Annual statistical returns and brief notes on vaccination in Bengal - 1909-1929
Year: 1909
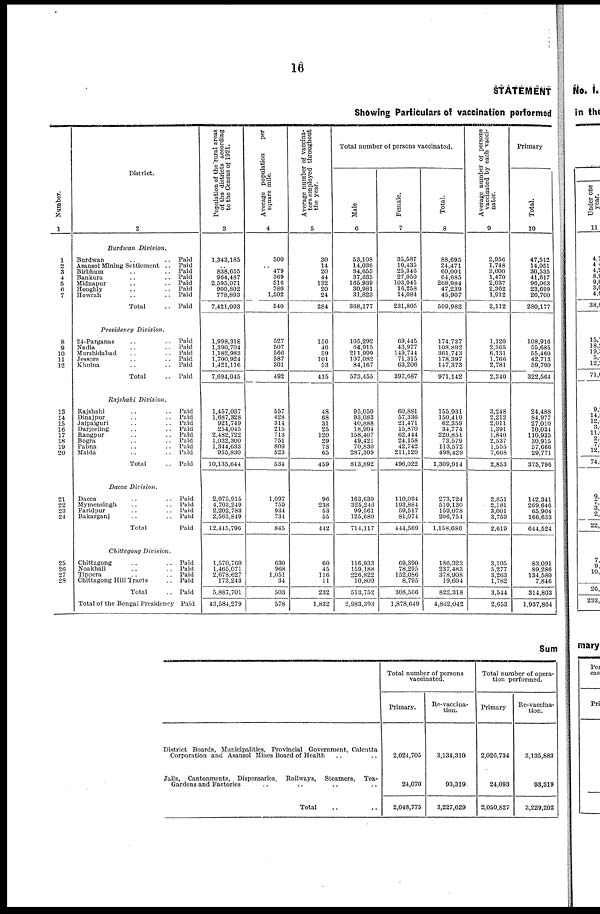
16
STATEMENT
Showing Particulars of vaccination performed
Number.
1
1
2
3
4
5
6
7
8
9
10
11
12
13
14
15
16
17
18
19
20
21
22
23
24
25
26
27
28
District.
2
Burdwan Division.
Burdwan .. ..
Asansol Mining Settlement ..
Birbhum .. ..
Bankura .. ..
Midnapur .. ..
Hooghly .. ..
Howrah .. ..
Total ..
Presidency Division.
24-Parganas .. ..
Nadia .. ..
Murshidabad .. ..
Jessore .. ..
Khulna .. ..
Total ..
Rajshahi Division.
Rajshahi .. ..
Dinajpur .. ..
Jalpaiguri .. ..
Darjeeling .. ..
Rangpur .. ..
Bogra .. ..
Pabna .. ..
Malda .. ..
Total ..
Dacca Division.
Dacca .. ..
Mymensingh .. ..
Faridpur .. ..
Bakarganj .. ..
Total ..
Chiitagong Division.
Chittagong .. ..
Noakhali .. ..
Tippera .. ..
Chittagong Hill Tracts ..
Total ..
Total of the Bengal Presidency
Paid
Paid
Paid
Paid
Paid
Paid
Paid
Paid
Paid
Paid
Paid
Paid
Paid
Paid
Paid
Paid
Paid
Paid
Paid
Paid
Paid
Paid
Paid
Paid
Paid
Paid
Paid
Paid
Paid
Paid
Paid
Paid
Paid
Paid
Population of the rural areas
of the districts according
to the Census of 1921.
3
1,343,185
..
838,655
964,487
2,595,071
900,802
778,893
7,421,093
1,998,318
1,390,704
1,182,983
1,700,924
1,421,116
7,694,045
1,457,037
1,687,328
921,749
254,045
2,482,722
1,032,300
1,344,633
955,830
10,135,644
2,975,915
4,703,249
2,202,783
2,563,849
12,445,796
1,570,760
1,465,071
2,678,627
173,243
5,887,701
43,584,279
Average population
per
square mile.
4
500
..
479
369
516
780
1,502
540
527
507
566
587
301
492
557
428
314
215
713
751
809
523
534
1,097
759
934
734
845
630
968
1,051
34
503
578
Average number of vaccina-
tors employed throughout
the year.
5
30
14
20
44
132
20
24
284
156
46
59
101
53
415
48
68
31
25
120
29
73
65
459
96
238
53
55
442
60
45
116
11
232
1,832
Total number of persons vaccinated.
Male
6
53,108
14,036
34,655
37,635
165,939
30,981
31,823
368,177
105,292
64,915
211,999
107,082
84,167
573,455
95,050
93,083
40,888
18,904
158,407
49,421
70,830
287,309
813,892
163,630
325,246
99,561
125,680
714,117
116,933
159,188
226,822
10,809
513,752
2,983,393
Female.
7
35,587
10,435
25,346
27,050
103,045
16,258
14,084
231,805
69,445
43,977
149,744
71,315
63,206
397,687
60,861
57,336
21,471
15,870
62,444
24,158
42,742
211,120
496,022
110,094
193,884
59,517
81,074
444,569
69,390
78,295
152,086
8,795
308,566
1,878,649
Total.
8
88,695
24,471
60,001
64,685
268,984
47,239
45,907
599,982
174,737
108,892
301,743
178,397
147,373
971,142
155,931
150,419
62,359
34,774
220,851
73,579
113,572
498,429
1,309,914
273,724
519,130
159,078
206,754
1,158,686
186,323
237,483
378,908
19,604
822,318
4,862,042
Average number of persons
vaccinated by each vacci-
nator.
9
2,956
1,748
3,000
1,470
2,037
2,362
1,912
2,112
1,120
2,365
6,131
1,766
2,781
2,340
3,248
2,212
2,011
1,391
1,840
2,537
1,555
7,668
2,853
2,851
2,181
3,001
3,759
2,619
3,105
5,277
3,263
1,782
3,544
2,653
Primary
Total.
10
47,512
14,051
30,535
41,617
96,063
23,699
26,700
280,177
108,916
55,685
55,460
42,713
59,790
322,564
24,488
84,977
27,010
10,034
110,935
30,915
57,666
29,771
375,796
142,341
269,646
65,904
166,633
644,524
83,091
89,286
134,580
7,846
314,803
1,937,864
Sum
—
District Boards, Municipalities, Provincial Government, Calcutta
Corporation and Asansol Mines Board of Health .. ..
Jails, Cantonments, Dispensaries, Railways, Steamers, Tea-
Gardens and Factories .. .. ..
Total .. ..
Total number of persons
vaccinated.
Primary.
2,024,705
24,070
2,048,775
Re-vaccina-
tion.
3,134,310
93,319
3,227,629
Total number of opera-
tion performed.
Primary
2,026,734
24,093
2,050,827
Re-vaccina-
tion.
3,135,883
93,319
3,229,202